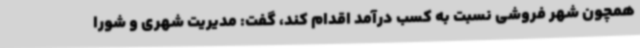
همچون شهر فروشی نسبت به کسب درآمد اقدام کند، گفت: مدیریت شهری و شورا